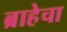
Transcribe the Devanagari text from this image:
ब्राहेचा